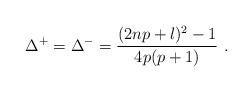
\begin{align*}\Delta ^{+}=\Delta ^{-}=\displaystyle\frac{(2np+l)^{2}-1}{4p(p+1)}\, \, .\end{align*}